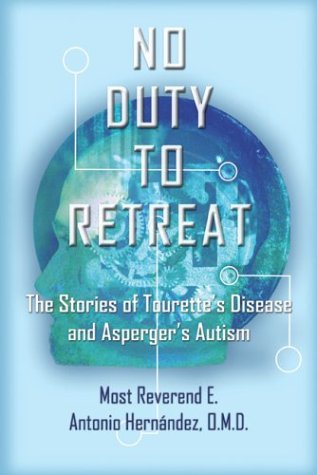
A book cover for No Duty To Retreat: The Stories of Tourette's Syndrome and Asperger's Autism; E. Antonio Hernandez; Health, Fitness & Dieting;